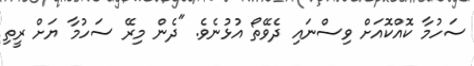
ސަހުމާ ކޮއްކޮއަށް ވިސްނައި ދެވޭތޯ އުޅުނެވެ. "ދެން މިރޭ ސަހުމާ ޔަށް ރީތި